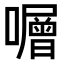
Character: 𡃆